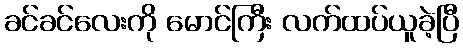
ခင်ခင်လေးကို မောင်ကြီး လက်ထပ်ယူခဲ့ပြီ